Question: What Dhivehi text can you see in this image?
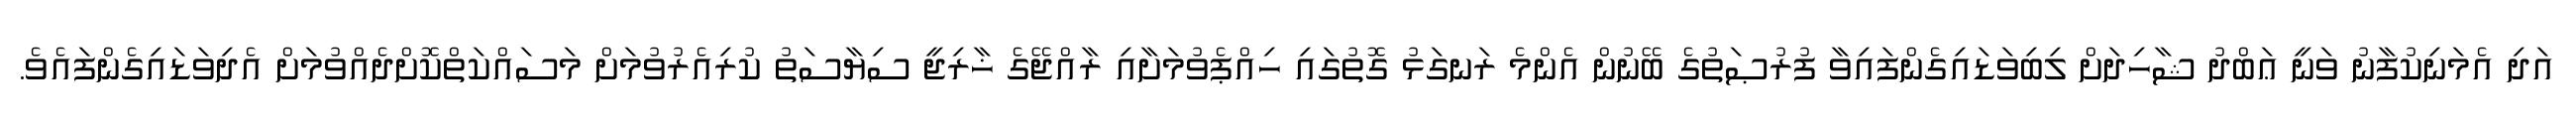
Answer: އަދި އެމަނިކުފާނު ވަނީ ޢަބްދު ޝާހިދަށް ލިބިވަޑައިގެންފައިވާ ފުރުޞަތުގެ ބޭނުން އެންމެ ރަނގަޅު ގޮތުގައި ހިއްޕެވުމަށާއި ރާއްޖޭގެ ޚާރިޖީ ސިޔާސަތު ކުރިއެރުވުމަށް މަސައްކަތްކޮށްދެއްވުމަށް އެދިވަޑައިގެންފައެވެ.